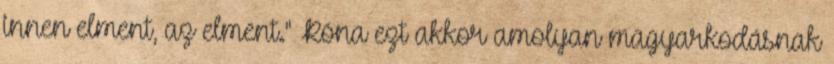
innen elment, az elment." Róna ezt akkor amolyan magyarkodásnak